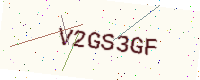
Text: V2GS3GF